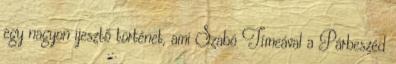
egy nagyon ijesztő történet, ami Szabó Tímeával a Párbeszéd